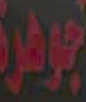
جوهرة